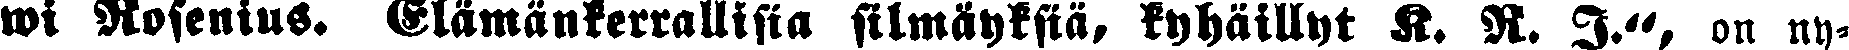
wi Rosenius. Elämänkerrallista silmäyksiä, kyhäillyt K. R. I.", on ny-